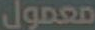
معمول